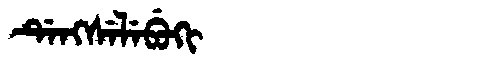
Manchu: ᡩᡝᠩᠰᡝᠯᡝᠪᡠᡴᡳ
Romanization: DENGSELEBUKI